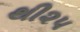
થી૨૫